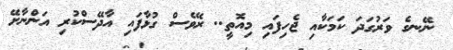
ނޭނގެ ވަރުގަދަ ކަމަކާއި ޖެހިފައި މިއޮތީ.. ރޭވެސް ގުޅާފައި އާދޭސްކުރި އަންނާށޭ